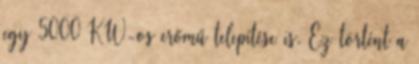
egy 5000 KW-os erőmű telepítése is. Ez történt a